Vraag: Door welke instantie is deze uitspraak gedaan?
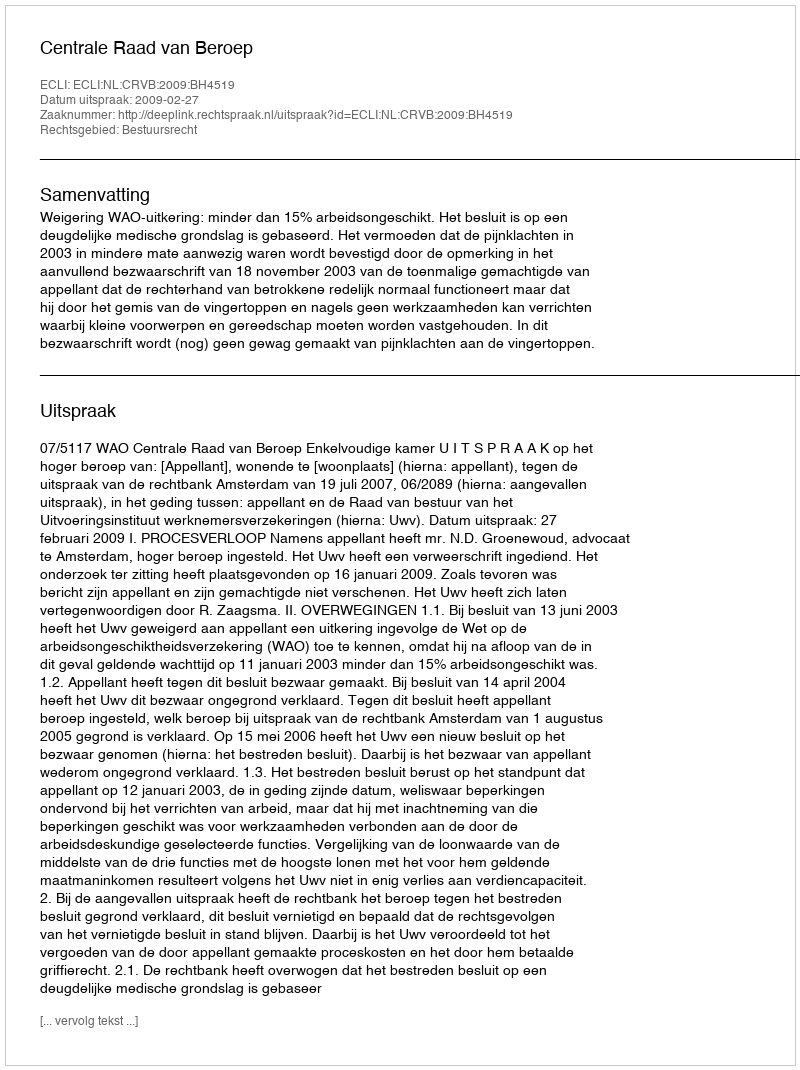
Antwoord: Centrale Raad van Beroep